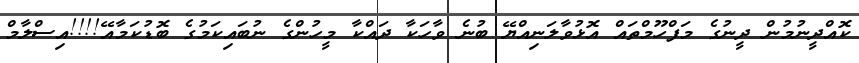
ކޮއްދީނުމުން ދީނުގެ މަފްހޫމްތައް އޮޅުވާލަނިއްޔޭ ބުނެ ވާހަކާ ދައްކާ މީހުންގެ ނުބައިކަމުގެ ބޮޑުކަމާއޭ!!!!އިސްލާމް